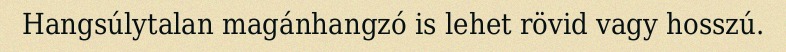
Hangsúlytalan magánhangzó is lehet rövid vagy hosszú.